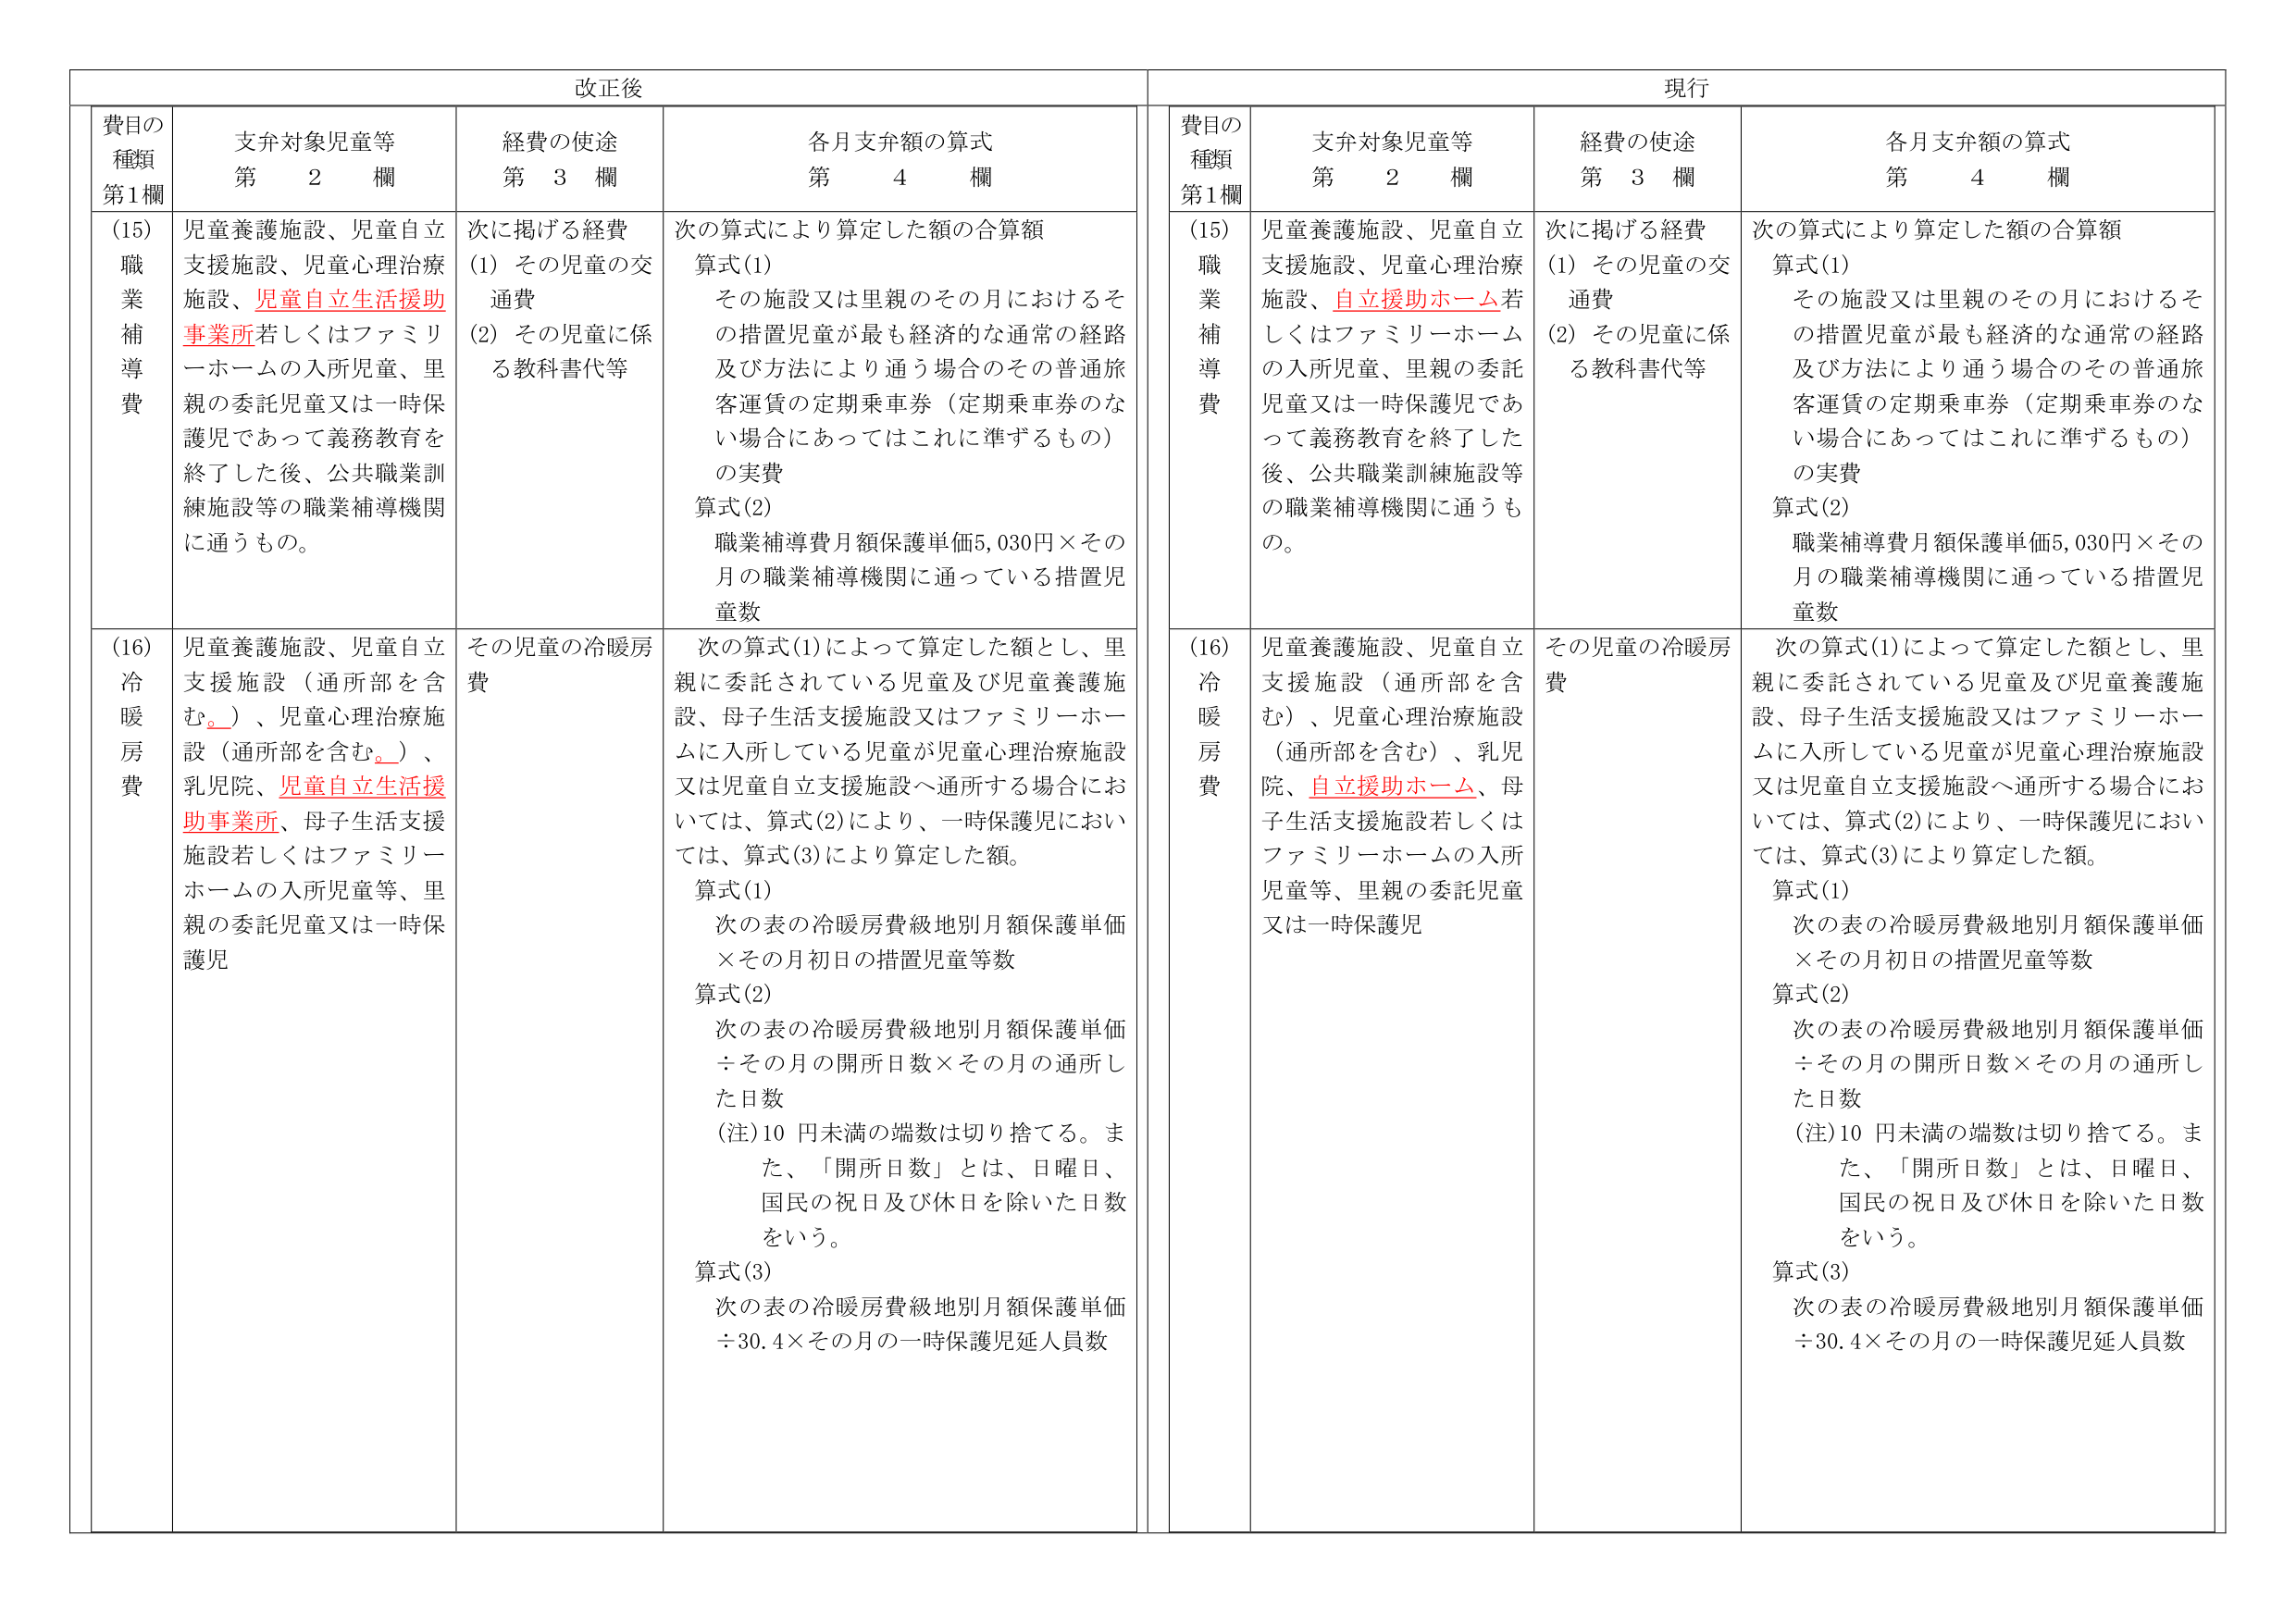
改正後

費目の種類 第1欄
(15) 職業補導費
(16) 冷暖房費

支弁対象児童等 第2欄
(15) 児童養護施設、児童自立支援施設、児童心理治療施設、児童自立生活援助事業所若しくはファミリーホームの入所児童、里親の委託児童又は一時保護児であって義務教育を終了した後、公共職業訓練施設等の職業補導機関に通うもの。
(16) 児童養護施設、児童自立支援施設（通所部を含む。）、児童心理治療施設（通所部を含む。）、乳児院、児童自立生活援助事業所、母子生活支援施設若しくはファミリーホームの入所児童等、里親の委託児童又は一時保護児

経費の使途 第3欄
(15) 次に掲げる経費
(1) その児童の交通費
(2) その児童に係る教科書代等
(16) その児童の冷暖房費

各月支弁額の算式 第4欄
(15) 次の算式により算定した額の合算額
算式(1)
その施設又は里親のその月におけるその措置児童が最も経済的な通常の経路及び方法により通う場合のその普通旅客運賃の定期乗車券（定期乗車券のない場合にあってはこれに準ずるもの）の実費
算式(2)
職業補導費月額保護単価5,030円×その月の職業補導機関に通っている措置児童数
(16) 次の算式(1)によって算定した額とし、里親に委託されている児童及び児童養護施設、母子生活支援施設又はファミリーホームに入所している児童が児童心理治療施設又は児童自立支援施設へ通所する場合においては、算式(2)により、一時保護児においては、算式(3)により算定した額。
算式(1)
次の表の冷暖房費級地別月額保護単価×その月初日の措置児童等数
算式(2)
次の表の冷暖房費級地別月額保護単価÷その月の開所日数×その月の通所した日数
（注）10円未満の端数は切り捨てる。また、「開所日数」とは、日曜日、国民の祝日及び休日を除いた日数をいう。
算式(3)
次の表の冷暖房費級地別月額保護単価÷30.4×その月の一時保護児延人員数

現行

費目の種類 第1欄
(15) 職業補導費
(16) 冷暖房費

支弁対象児童等 第2欄
(15) 児童養護施設、児童自立支援施設、児童心理治療施設、自立援助ホーム若しくはファミリーホームの入所児童、里親の委託児童又は一時保護児であって義務教育を終了した後、公共職業訓練施設等の職業補導機関に通うもの。
(16) 児童養護施設、児童自立支援施設（通所部を含む）、児童心理治療施設（通所部を含む）、乳児院、自立援助ホーム、母子生活支援施設若しくはファミリーホームの入所児童等、里親の委託児童又は一時保護児

経費の使途 第3欄
(15) 次に掲げる経費
(1) その児童の交通費
(2) その児童に係る教科書代等
(16) その児童の冷暖房費

各月支弁額の算式 第4欄
(15) 次の算式により算定した額の合算額
算式(1)
その施設又は里親のその月におけるその措置児童が最も経済的な通常の経路及び方法により通う場合のその普通旅客運賃の定期乗車券（定期乗車券のない場合にあってはこれに準ずるもの）の実費
算式(2)
職業補導費月額保護単価5,030円×その月の職業補導機関に通っている措置児童数
(16) 次の算式(1)によって算定した額とし、里親に委託されている児童及び児童養護施設、母子生活支援施設又はファミリーホームに入所している児童が児童心理治療施設又は児童自立支援施設へ通所する場合においては、算式(2)により、一時保護児においては、算式(3)により算定した額。
算式(1)
次の表の冷暖房費級地別月額保護単価×その月初日の措置児童等数
算式(2)
次の表の冷暖房費級地別月額保護単価÷その月の開所日数×その月の通所した日数
（注）10円未満の端数は切り捨てる。また、「開所日数」とは、日曜日、国民の祝日及び休日を除いた日数をいう。
算式(3)
次の表の冷暖房費級地別月額保護単価÷30.4×その月の一時保護児延人員数